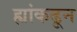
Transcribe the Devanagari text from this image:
ह्यांकढून